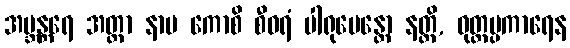
အဗ္ဘန္တရေ အတ္တာ နာမ ကောစိ စီဝရံ ပါရုပေန္တော နတ္ထိ, ဝုတ္တပ္ပကာရေန